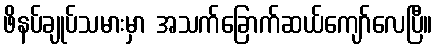
ဖိနပ်ချုပ်သမားမှာ အသက်ခြောက်ဆယ်ကျော်လေပြီ။